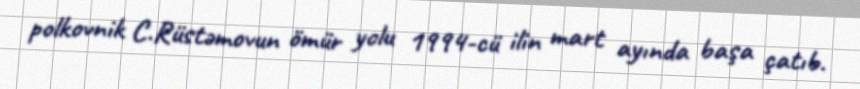
polkovnik C.Rüstəmovun ömür yolu 1994-cü ilin mart ayında başa çatıb.